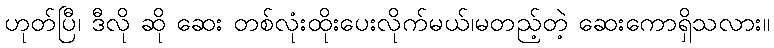
ဟုတ်ပြီ၊ ဒီလို ဆို ဆေး တစ်လုံးထိုးပေးလိုက်မယ်၊မတည့်တဲ့ ဆေးကောရှိသလား။